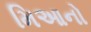
મિઆનો